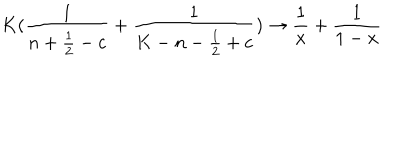
K ( { \frac { 1 } { n + { \frac { 1 } { 2 } } - c } } + { \frac { 1 } { K - n - { \frac { 1 } { 2 } } + c } } ) \rightarrow { \frac { 1 } { x } } + { \frac { 1 } { 1 - x } }